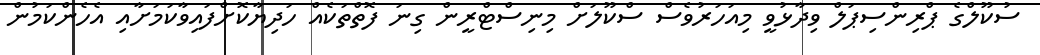
ސުކޫލްގެ ޕްރިންސިޕަލް ވިދާޅުވީ މިއަހަރުވެސް ސްކޫލަށް މިނިސްޓްރީން ގިނަ ފޮތްތަކެއް ހަދިޔާކޮށްފައިވާކަމަށާއި އެހެންކަމުން